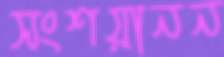
সংশয়ানন